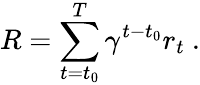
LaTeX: R=\sum_{{t=t_{0}}}^{T}\gamma^{t-t_{0}}r_{t}~.